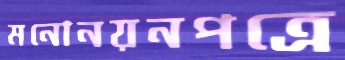
মনোনয়নপত্রে